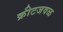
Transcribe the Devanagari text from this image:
क्रीटजवळ